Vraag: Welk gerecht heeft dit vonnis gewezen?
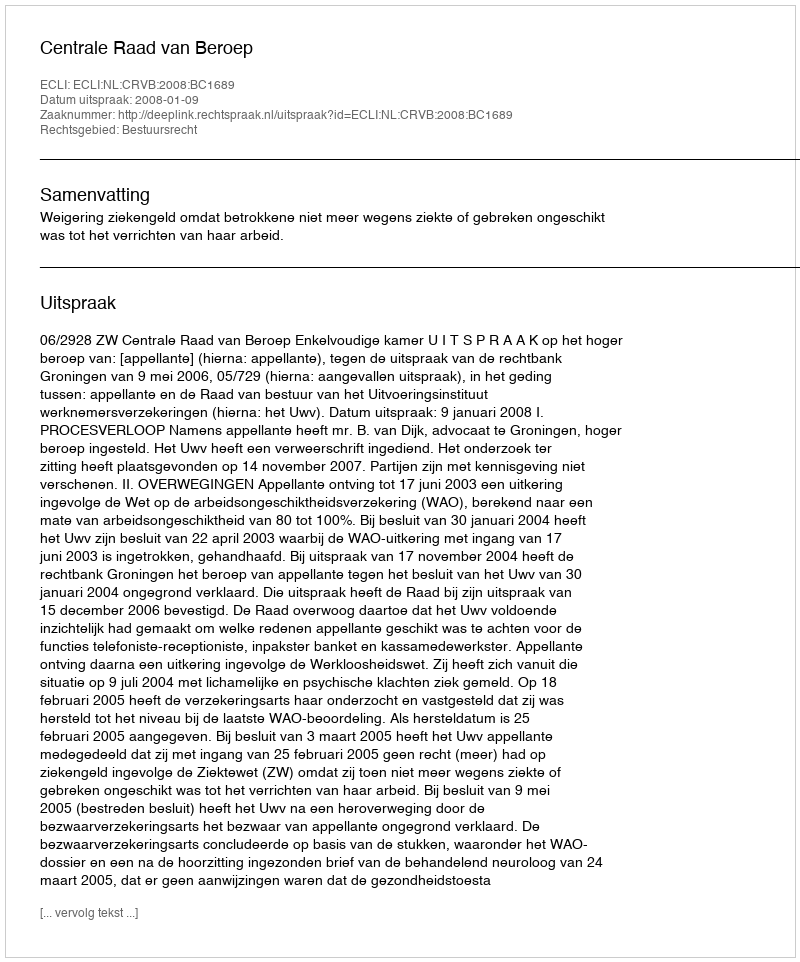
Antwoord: Centrale Raad van Beroep